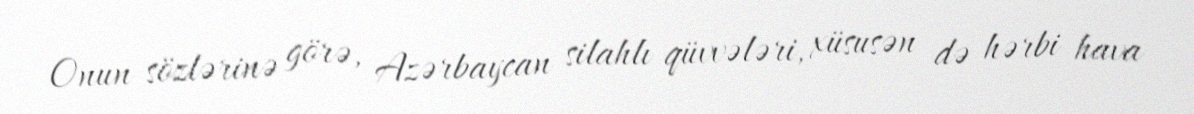
Onun sözlərinə görə, Azərbaycan silahlı qüvvələri, xüsusən də hərbi hava